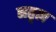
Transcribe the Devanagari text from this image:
नतृत्व